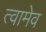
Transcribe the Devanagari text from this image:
त्वामेव